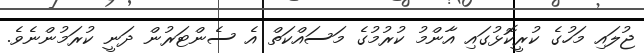
ޖުލައި މަހުގެ ކުރީކޮޅުގައި އާންމު ކުރުމުގެ މަސައްކަތް އެ ސެންޓަރުން ދަނީ ކުރަމުންނެވެ.